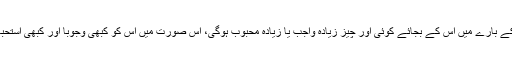
پھر حکمرانی، خواہ جائز ہو، یا مستحب ہو، یا واجب، مگر کسی خاص آدمی کے بارے میں اس کے بجائے کوئی اور چیز زیادہ واجب یا زیادہ محبوب ہوگی، اس صورت میں اس کو کبھی وجوباً اور کبھی استحباباً خیر الخیرین (دو اچھی چیزوں میں جو زیادہ اچھی ہو) کو مقدم کرنا چاہیے۔